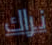
نراك